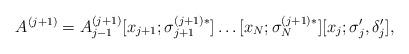
LaTeX: \begin{align*}A^{(j+1)}=A^{(j+1)}_{j-1}[x_{j+1};\sigma_{j+1}^{(j+1)*}]\ldots[x_N;\sigma_N^{(j+1)*}][x_j;\sigma'_j,\delta'_j],\end{align*}